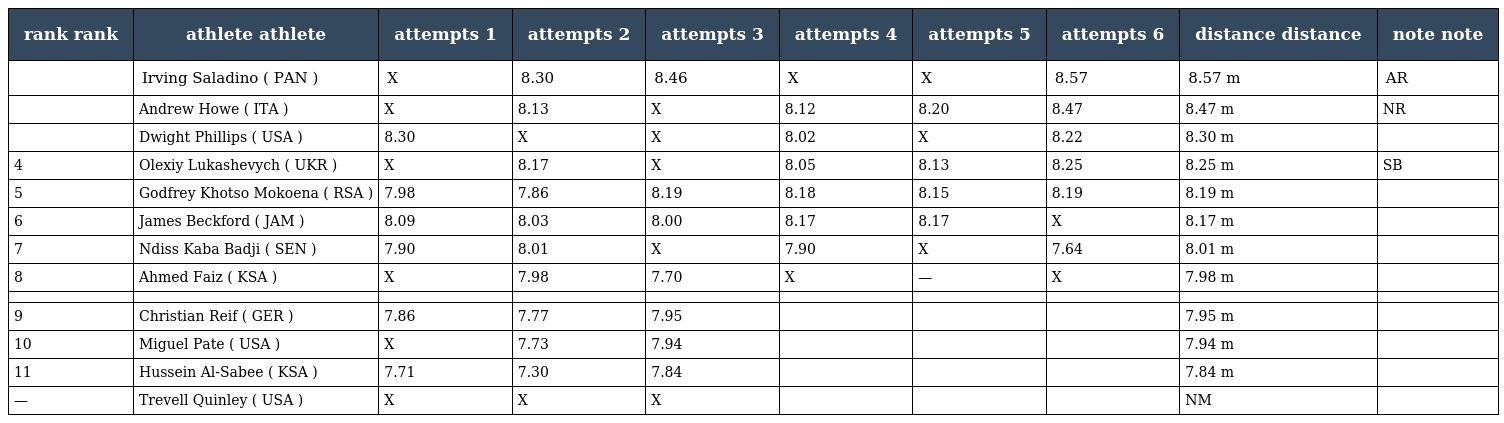
| rank rank | athlete athlete | attempts 1 | attempts 2 | attempts 3 | attempts 4 | attempts 5 | attempts 6 | distance distance | note note |
 | --- | --- | --- | --- | --- | --- | --- | --- | --- | --- |
 |  | Irving Saladino ( PAN ) | X | 8.30 | 8.46 | X | X | 8.57 | 8.57 m | AR |
 |  | Andrew Howe ( ITA ) | X | 8.13 | X | 8.12 | 8.20 | 8.47 | 8.47 m | NR |
 |  | Dwight Phillips ( USA ) | 8.30 | X | X | 8.02 | X | 8.22 | 8.30 m |  |
 | 4 | Olexiy Lukashevych ( UKR ) | X | 8.17 | X | 8.05 | 8.13 | 8.25 | 8.25 m | SB |
 | 5 | Godfrey Khotso Mokoena ( RSA ) | 7.98 | 7.86 | 8.19 | 8.18 | 8.15 | 8.19 | 8.19 m |  |
 | 6 | James Beckford ( JAM ) | 8.09 | 8.03 | 8.00 | 8.17 | 8.17 | X | 8.17 m |  |
 | 7 | Ndiss Kaba Badji ( SEN ) | 7.90 | 8.01 | X | 7.90 | X | 7.64 | 8.01 m |  |
 | 8 | Ahmed Faiz ( KSA ) | X | 7.98 | 7.70 | X | — | X | 7.98 m |  |
 |  |  |  |  |  |  |  |  |  |  |
 | 9 | Christian Reif ( GER ) | 7.86 | 7.77 | 7.95 |  |  |  | 7.95 m |  |
 | 10 | Miguel Pate ( USA ) | X | 7.73 | 7.94 |  |  |  | 7.94 m |  |
 | 11 | Hussein Al-Sabee ( KSA ) | 7.71 | 7.30 | 7.84 |  |  |  | 7.84 m |  |
 | — | Trevell Quinley ( USA ) | X | X | X |  |  |  | NM |  |